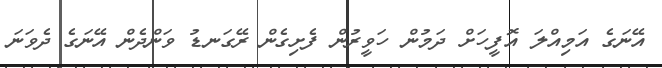
އޭނަގެ އަމިއްލަ އޮފީހަށް ދަމުން ހަވީރުން ފެށިގެން ރޭގަނޑު ވަންދެން އޭނަގެ ދެވަނަ